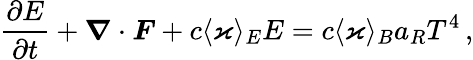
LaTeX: \frac{\partial E}{\partial t}+\boldsymbol{\nabla}\cdot\boldsymbol{F}+c\langle\varkappa\rangle_{E}E=c\langle\varkappa\rangle_{B}a_{R}T^{4}\, ,